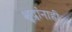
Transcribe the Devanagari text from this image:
शूद्रांनाही